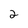
Character: 2